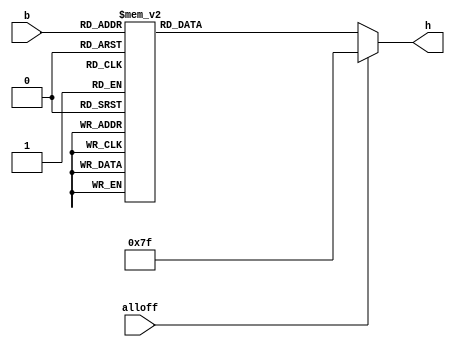
module bcd7seg(
	 input alloff,//all turn off
	 input  [3:0] b,
	 output reg [6:0] h
	 );
	 always @(*)
	 begin
		if(alloff==1)
			h = 7'b1111111;
		else
		begin
			case (b)
				4'b0000: h = 7'b1000000;
				4'b0001: h = 7'b1111001;
				4'b0010: h = 7'b0100100;
				4'b0011: h = 7'b0110000;
				4'b0100: h = 7'b0011001;
				4'b0101: h = 7'b0010010;
				4'b0110: h = 7'b0000010;
				4'b0111: h = 7'b1111000;
				4'b1000: h = 7'b0000000;
				4'b1001: h = 7'b0010000;//9
				4'b1010: h = 7'b0001000;
				4'b1011: h = 7'b0000011;
				4'b1100: h = 7'b1000110;
				4'b1101: h = 7'b0100001;
				4'b1110: h = 7'b0000110;
				4'b1111: h = 7'b0001110;
				default: h = 7'b1111111;
			endcase
		end
	end
	
endmodule